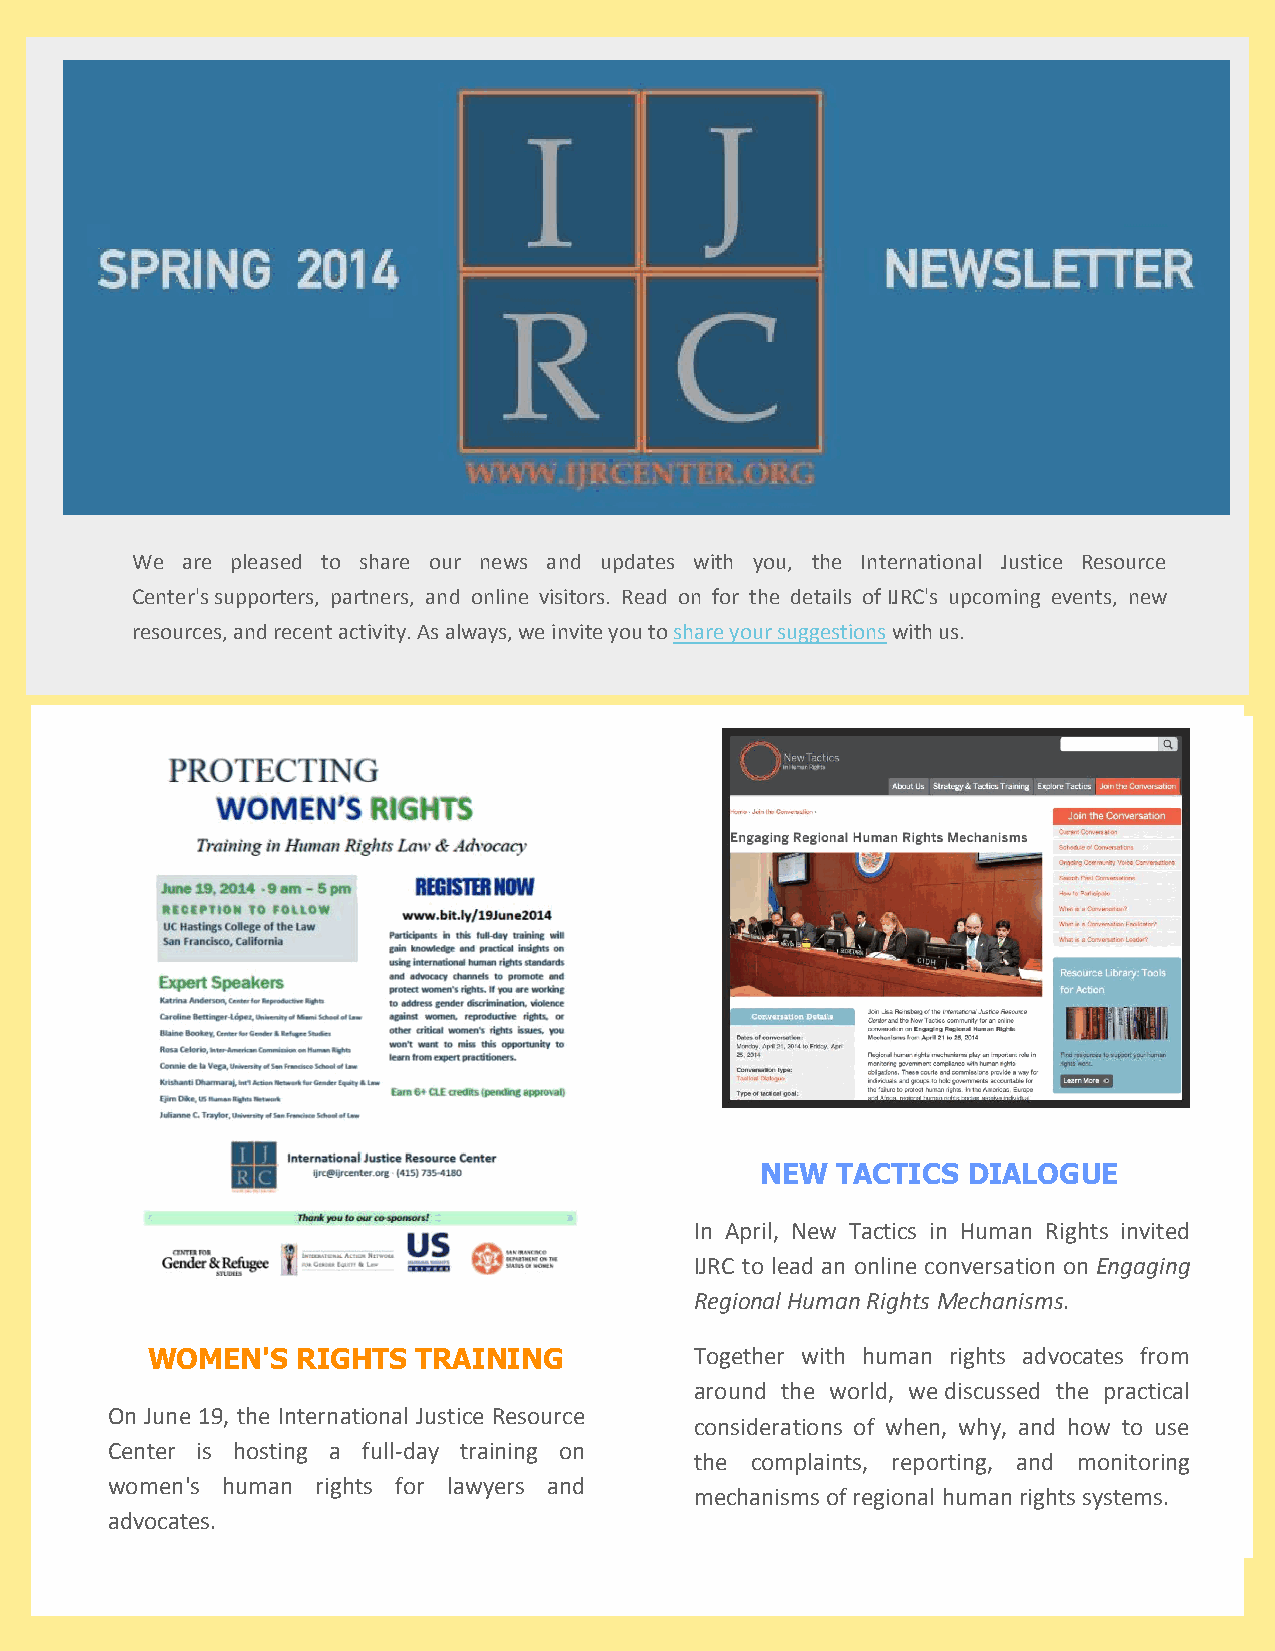
We are pleased to share our news and updates with you, the International Justice Resource
 Center's supporters, partners, and online visitors. Read on for the details of IJRC's upcoming events, new
 resources, and recent activity. As always, we invite you to share your suggestions with us.
 NEW  TACTICS  DIALOGUE
 In April, New Tactics in Human Rights invited
 IJRC to lead an online conversation on Engaging
 Regional Human Rights Mechanisms.
 WOMEN'S   RIGHTS  TRAINING          Together with human rights advocates from
 around the world, we discussed the practical
 On June 19, the International Justice Resource
 considerations of when, why, and how to use
 Center is hosting a full-day training on
 the complaints, reporting, and monitoring
 women's human rights for lawyers and
 mechanisms of regional human rights systems.
 advocates.